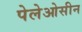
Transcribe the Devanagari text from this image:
पेलेओसीन